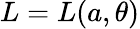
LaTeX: L=L(a,\theta)